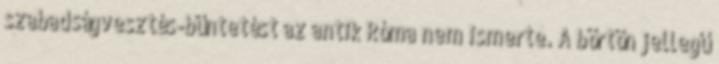
szabadságvesztés-büntetést az antik Róma nem ismerte. A börtön jellegű